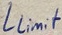
Text: Llimit